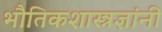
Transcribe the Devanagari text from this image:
भौतिकशास्त्रज्ञांनी